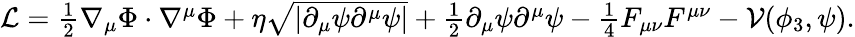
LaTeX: \begin{array}{r}{\mathcal{L}=\frac{1}{2}\nabla_{\mu}\Phi\cdot\nabla^{\mu}\Phi+\eta\sqrt{\vert\partial_{\mu}\psi\partial^{\mu}\psi\vert}+\frac{1}{2}\partial_{\mu}\psi\partial^{\mu}\psi-\frac{1}{4}F_{\mu\nu}F^{\mu\nu}-\mathcal{V}(\phi_{3},\psi).}\end{array}